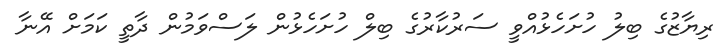
ރިޔާޒުގެ ބިލު ހުށަހެޅުއްވީ ސަރުކާރުގެ ބިލް ހުށަހެޅުން ލަސްވަމުން ދާތީ ކަމަށް އޭނާ